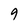
Character: 9